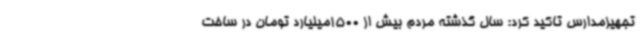
تجهیزمدارس تاکید کرد: سال گذشته مردم بیش از 1500میلیارد تومان در ساخت